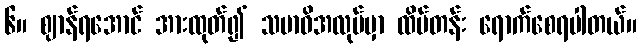
၆။ ဈာန်ရအောင် အားထုတ်၍ သမာဓိအလုပ်မှာ ထိပ်တန်း ရောက်စေရပါတယ်။